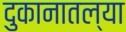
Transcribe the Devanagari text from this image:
दुकानातल्या